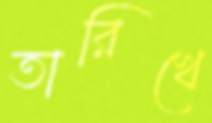
তারিখে